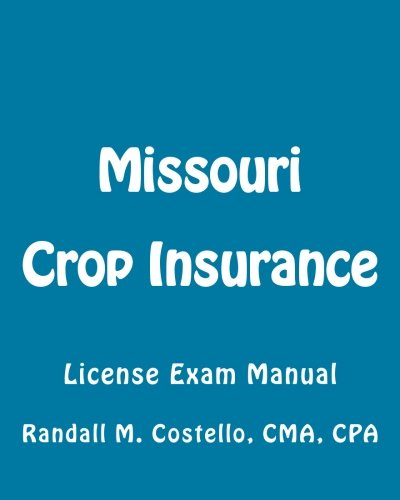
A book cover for Missouri Crop Insurance: License Exam Manual; Randall M. Costello CPA; Business & Money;